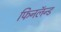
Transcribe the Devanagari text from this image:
फिनलॅन्ड